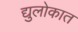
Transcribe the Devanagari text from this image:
द्युलोकात